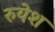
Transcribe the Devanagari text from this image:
रुयेश